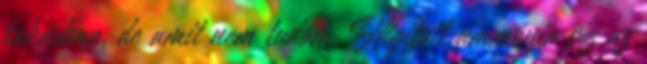
lakásban, de amit nem tudom. Hígított ammónia víz az